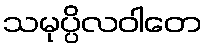
သမုပ္ပိလဝါတေ